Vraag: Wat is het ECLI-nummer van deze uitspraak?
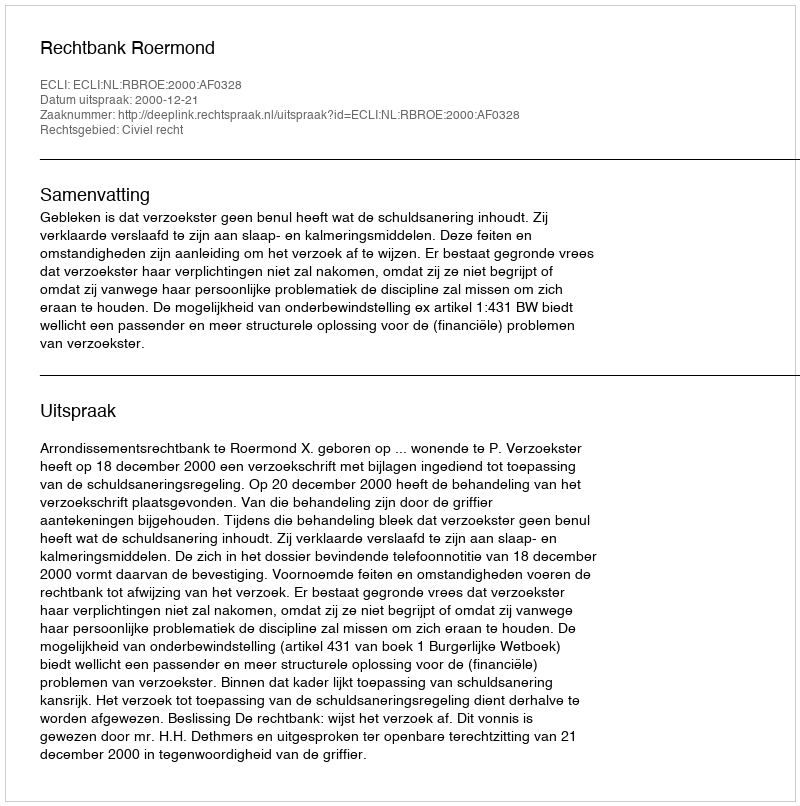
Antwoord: ECLI:NL:RBROE:2000:AF0328